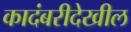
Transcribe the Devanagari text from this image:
कादंबरीदेखील